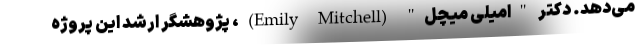
می‌دهد. دکتر "امیلی میچل" (Emily Mitchell)، پژوهشگر ارشد این پروژه